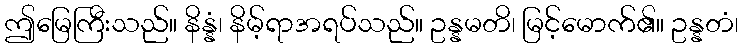
ဤမြေကြီးသည်။ နိန္နံ၊ နိမ့်ရာအရပ်သည်။ ဥန္နမတိ၊ မြင့်မောက်၏။ ဥန္နတံ၊